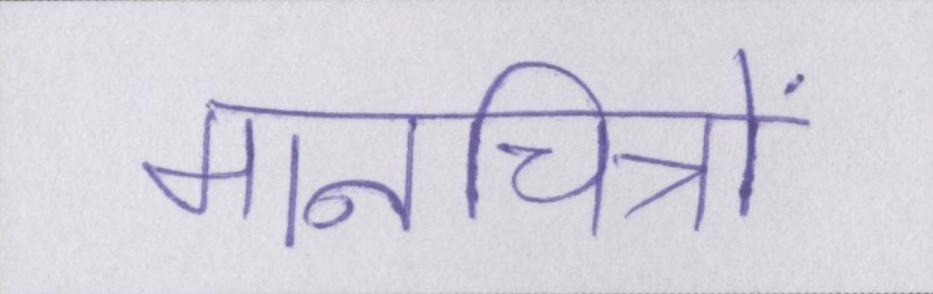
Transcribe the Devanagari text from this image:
मानचित्रों